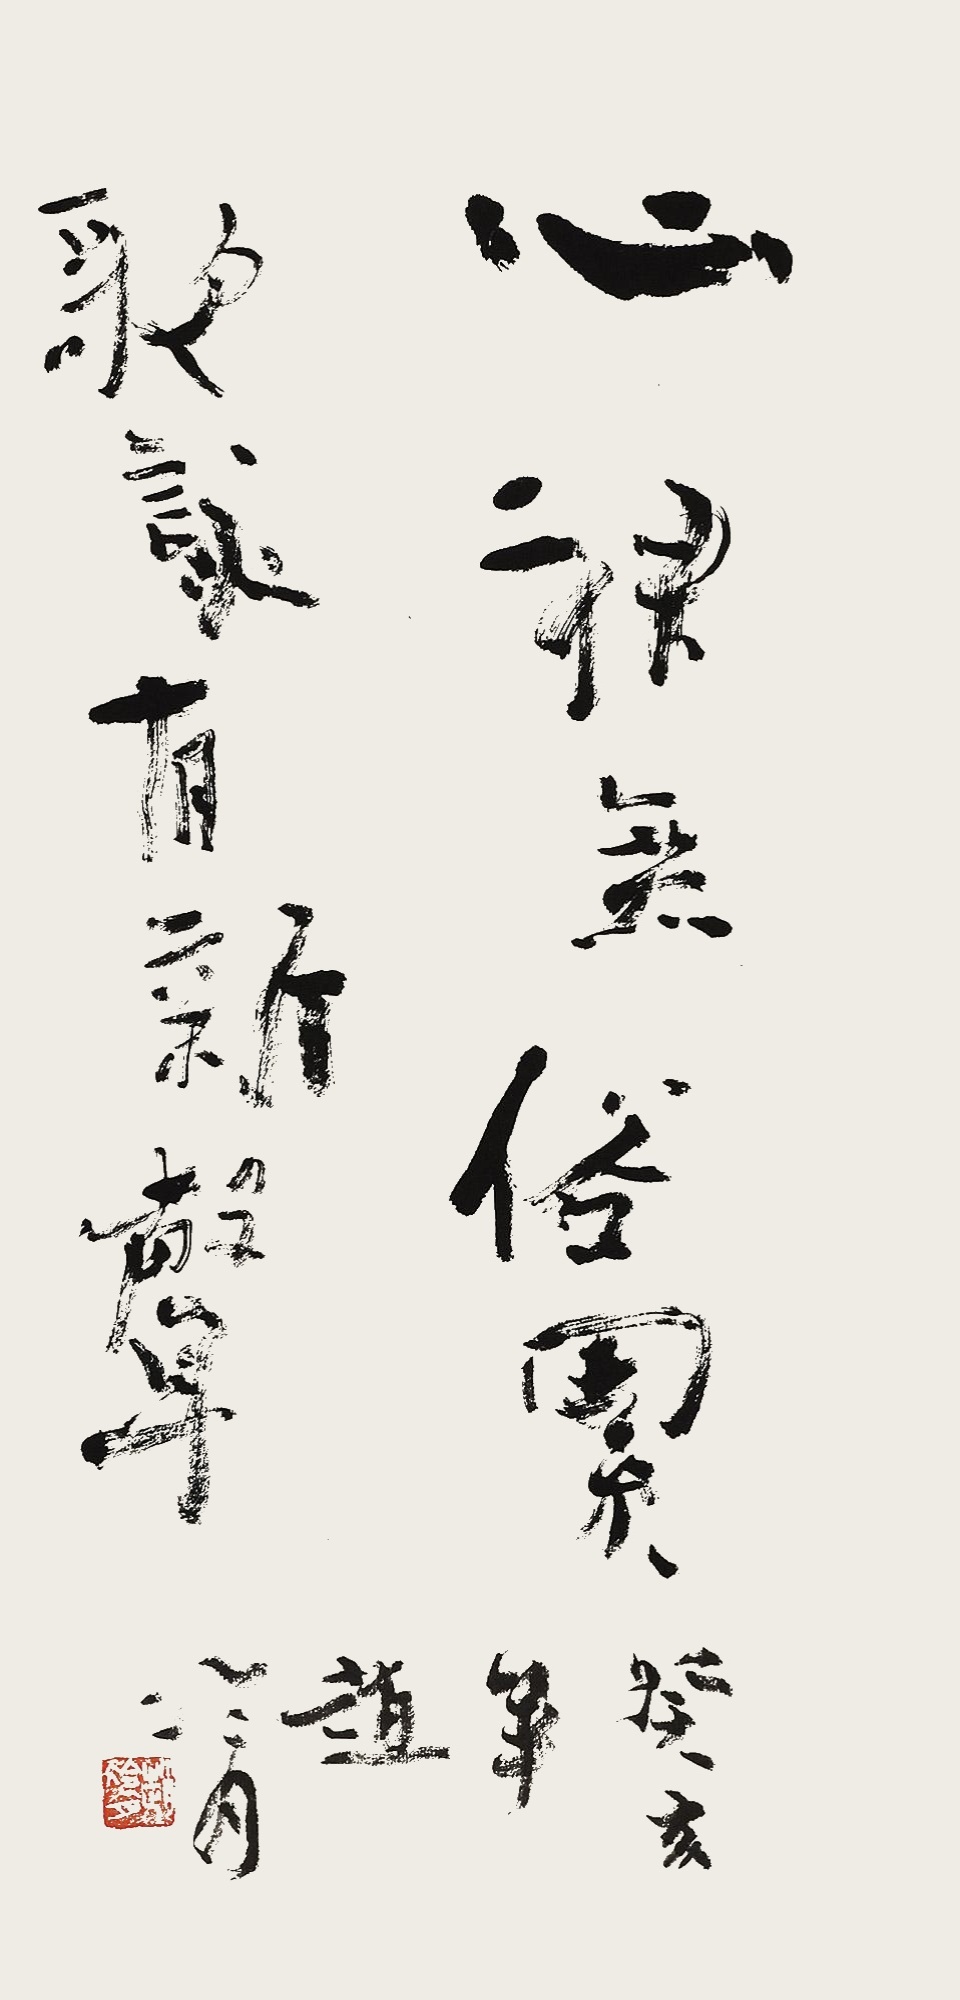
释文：心神无俗累，歌咏有新声。癸亥（1983年），赵冷月笔。